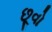
છૂવો